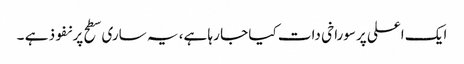
ایک اعلی پرسوراخی دات کیا جا رہا ہے، یہ ساری سطح پر نفوذ ہے ۔